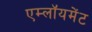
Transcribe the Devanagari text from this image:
एम्लॉयमेंट